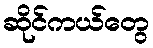
ဆိုင်ကယ်တွေ